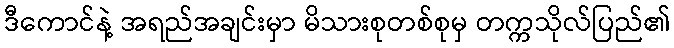
ဒီကောင်နဲ့ အရည်အချင်းမှာ မိသားစုတစ်စုမှ တက္ကသိုလ်ပြည်၏